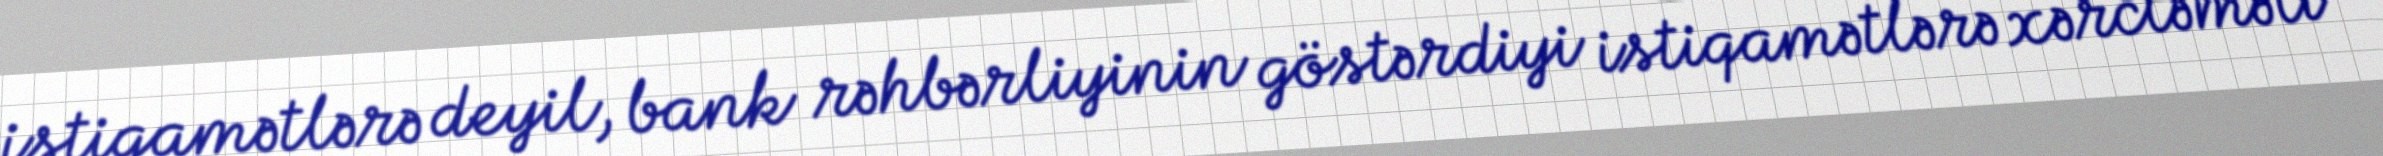
istiqamətlərə deyil, bank rəhbərliyinin göstərdiyi istiqamətlərə xərcləməli